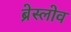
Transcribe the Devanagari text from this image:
ब्रेस्लोव